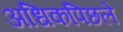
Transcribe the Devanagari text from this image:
अधिकपिछले